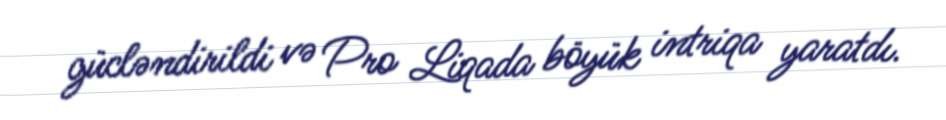
gücləndirildi və Pro Liqada böyük intriqa yaratdı.